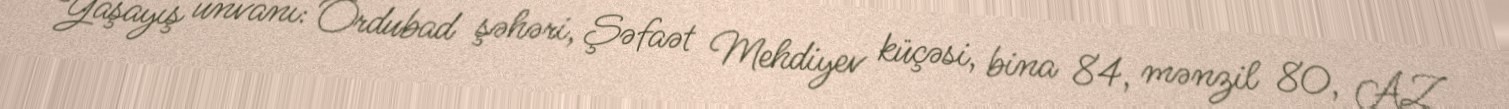
Yaşayış ünvanı: Ordubad şəhəri, Şəfaət Mehdiyev küçəsi, bina 84, mənzil 80, AZ